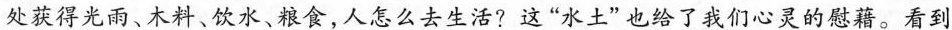
处获得光雨、木料、饮水、粮食，人怎么去生活?这”水土”也给了我们心灵的慰籍。看到